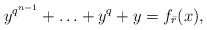
\begin{align*}y^{q^{n-1}}+\ldots +y^{q}+y=f_{\bar{r}}(x),\end{align*}